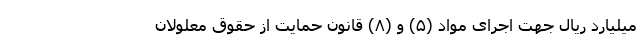
میلیارد ریال جهت اجرای مواد (۵) و (۸) قانون حمایت از حقوق معلولان